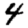
Digit: 4